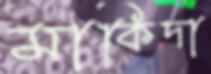
মাকিদা